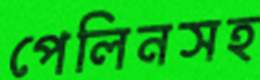
পেলিনসহ